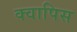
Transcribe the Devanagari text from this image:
क्वापिस